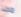
مجنا